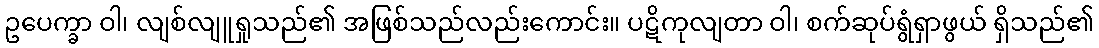
ဥပေက္ခာ ဝါ၊ လျစ်လျူရှုသည်၏ အဖြစ်သည်လည်းကောင်း။ ပဋိကုလျတာ ဝါ၊ စက်ဆုပ်ရွံရှာဖွယ် ရှိသည်၏